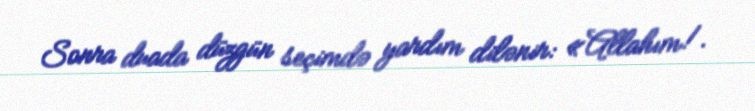
Sonra duada düzgün seçimdə yardım dilənir: «Allahım!.